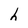
Character: h